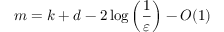
m = k + d - 2 \log \left( { \frac { 1 } { \varepsilon } } \right) - O ( 1 )